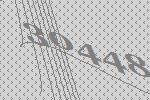
30448